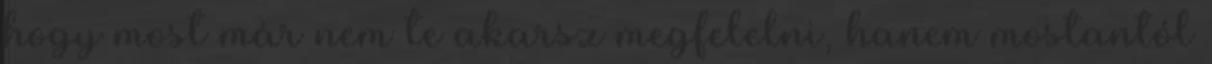
hogy most már nem te akarsz megfelelni, hanem mostantól